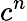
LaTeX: c^{n}